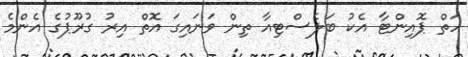
ހަތް ޕޮއިންޓާ އެކު ބަލެސްޓިއާ ތިން ވަނައިގަ އޮތް އިރު ގުރޫޕުގެ އެންމެ